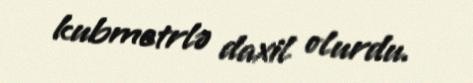
kubmetrlə daxil olurdu.